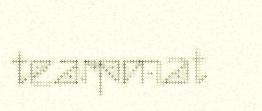
tearpmat